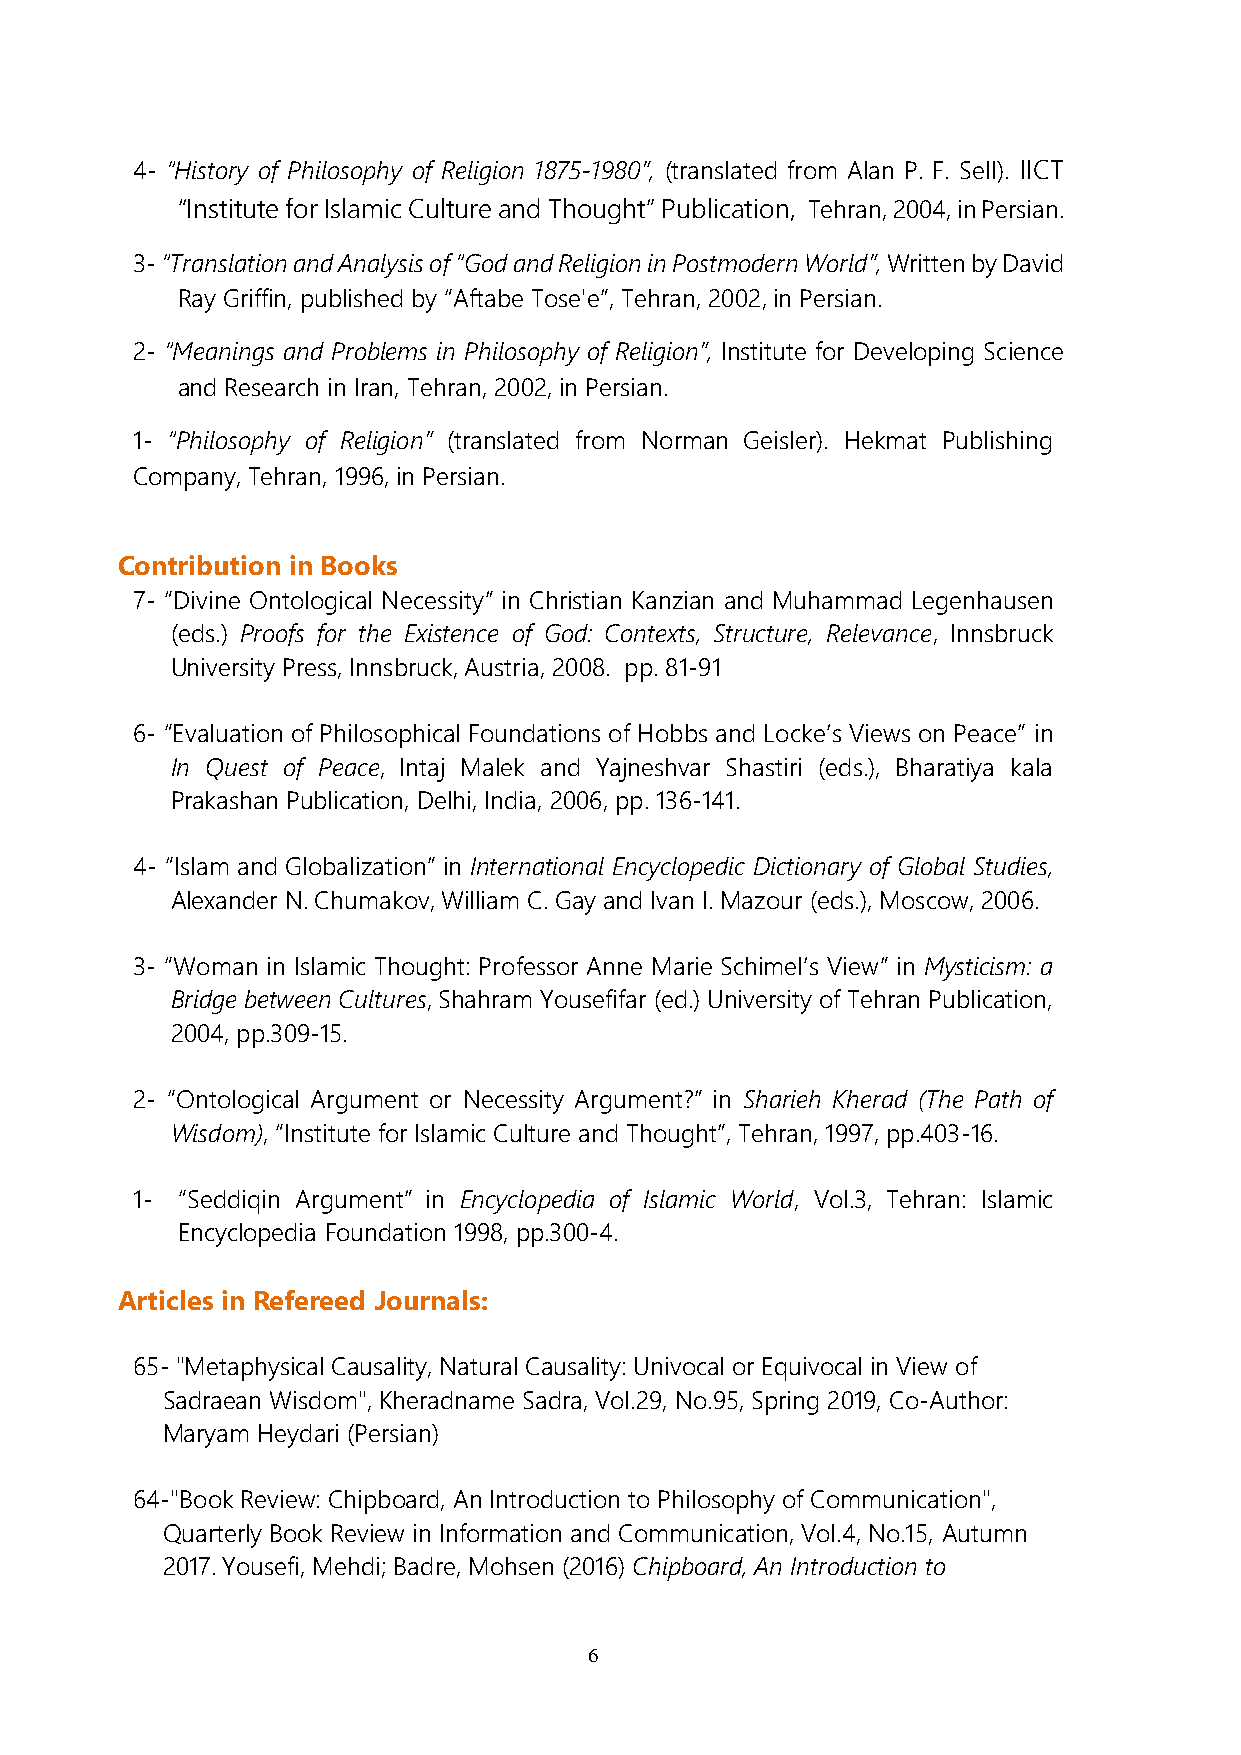
4- “History of Philosophy of Religion 1875-1980”, (translated from Alan P. F. Sell). IICT
 “Institute for Islamic Culture and Thought” Publication, Tehran, 2004, in Persian.
 3- “Translation and Analysis of “God and Religion in Postmodern World”, Written by David
 Ray Griffin, published by “Aftabe Tose'e”, Tehran, 2002, in Persian.
 2- “Meanings and Problems in Philosophy of Religion”, Institute for Developing Science
 and Research in Iran, Tehran, 2002, in Persian.
 1- “Philosophy of Religion” (translated from Norman Geisler). Hekmat Publishing
 Company, Tehran, 1996, in Persian.
 Contribution in Books
 7- “Divine Ontological Necessity” in Christian Kanzian and Muhammad Legenhausen
 (eds.) Proofs for the Existence of God: Contexts, Structure, Relevance, Innsbruck
 University Press, Innsbruck, Austria, 2008. pp. 81-91
 6- “Evaluation of Philosophical Foundations of Hobbs and Locke’s Views on Peace” in
 In Quest of Peace, Intaj Malek and Yajneshvar Shastiri (eds.), Bharatiya kala
 Prakashan Publication, Delhi, India, 2006, pp. 136-141.
 4- “Islam and Globalization” in International Encyclopedic Dictionary of Global Studies,
 Alexander N. Chumakov, William C. Gay and Ivan I. Mazour (eds.), Moscow, 2006.
 3- “Woman in Islamic Thought: Professor Anne Marie Schimel’s View” in Mysticism: a
 Bridge between Cultures, Shahram Yousefifar (ed.) University of Tehran Publication,
 2004, pp.309-15.
 2- “Ontological Argument or Necessity Argument?” in Sharieh Kherad (The Path of
 Wisdom), “Institute for Islamic Culture and Thought”, Tehran, 1997, pp.403-16.
 1- “Seddiqin Argument” in Encyclopedia of Islamic World, Vol.3, Tehran: Islamic
 Encyclopedia Foundation 1998, pp.300-4.
 Articles in Refereed Journals:
 65- "Metaphysical Causality, Natural Causality: Univocal or Equivocal in View of
 Sadraean Wisdom", Kheradname Sadra, Vol.29, No.95, Spring 2019, Co-Author:
 Maryam Heydari (Persian)
 64-"Book Review: Chipboard, An Introduction to Philosophy of Communication",
 Quarterly Book Review in Information and Communication, Vol.4, No.15, Autumn
 2017. Yousefi, Mehdi; Badre, Mohsen (2016) Chipboard, An Introduction to
 6